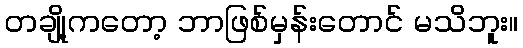
တချို့ကတော့ ဘာဖြစ်မှန်းတောင် မသိဘူး။